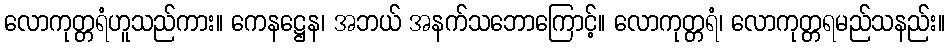
လောကုတ္တရံဟူသည်ကား။ ကေနဋ္ဌေန၊ အဘယ် အနက်သဘောကြောင့်။ လောကုတ္တရံ၊ လောကုတ္တရမည်သနည်း။